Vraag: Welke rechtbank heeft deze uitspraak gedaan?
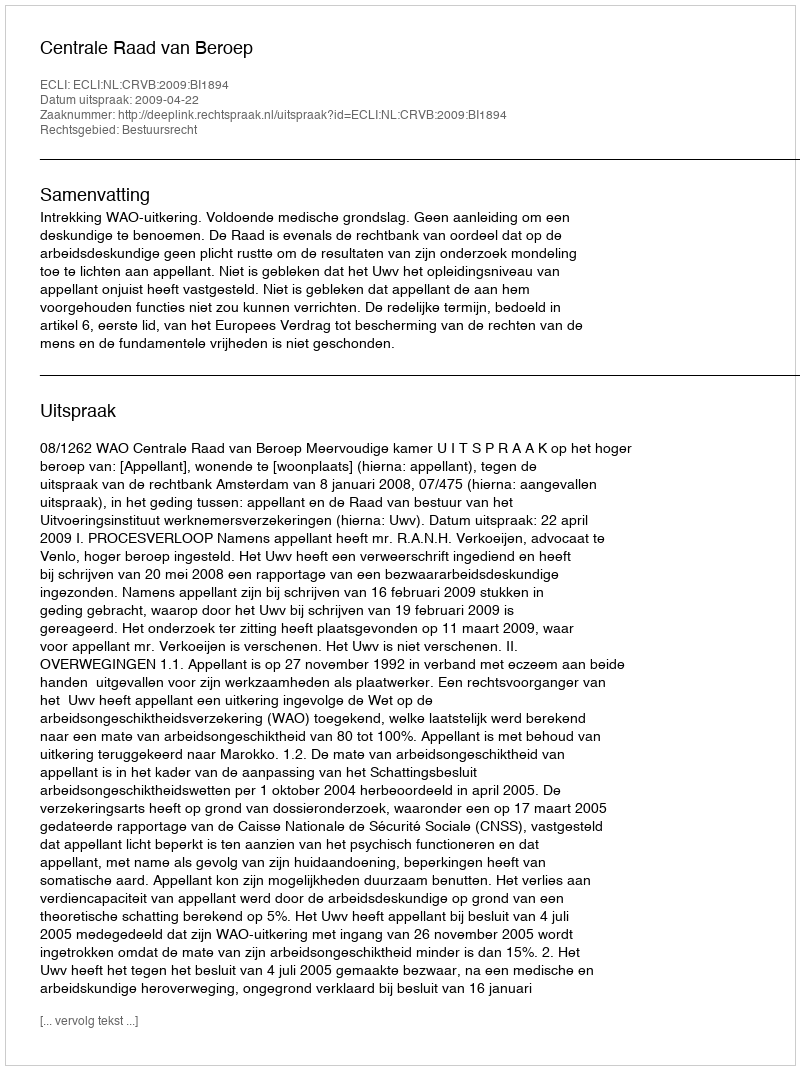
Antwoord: Centrale Raad van Beroep